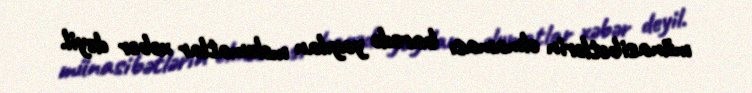
münasibətlərin olmaması barədə yayılan məlumatlar xəbər deyil.